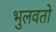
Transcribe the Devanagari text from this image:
भुलवतो